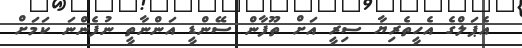
އެޕަލްގެ އެހީތެރިޔާ ސިރީ އަށް ތޫފާން ސޭންޑީ އަންނާތީ ނުފެންނަ ކަމަށް